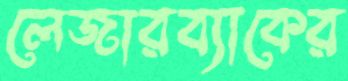
লেজারব্যাকের